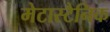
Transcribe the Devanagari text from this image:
मेटास्टैनिक